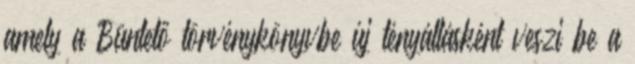
amely a Büntető törvénykönyvbe új tényállásként veszi be a